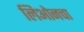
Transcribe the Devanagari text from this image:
लिओनचा